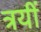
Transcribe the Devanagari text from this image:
त्रयीं